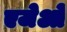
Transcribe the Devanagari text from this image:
एजेओ